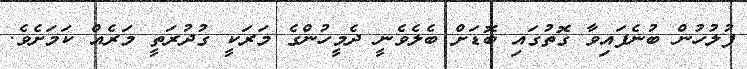
ފުލުހުން ބުނެފައިވާ ގޮތުގައި ބޮޑަށް ބެލެވެނީ ދެމީހުންގެ މަރަކީ ގުދުރަތީ މަރެއް ކަމަށެވެ.